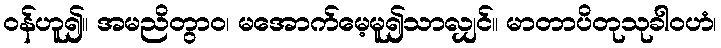
ဝန်ဟူ၍။ အမညိတွာဝ၊ မအောက်မေ့မူ၍သာလျှင်။ မာတာပိတုသုခါဝဟံ၊